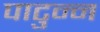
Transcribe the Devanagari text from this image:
पाटुन्न